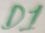
Text: D1